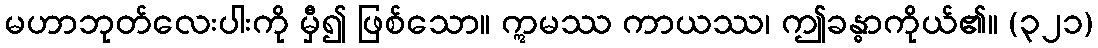
မဟာဘုတ်လေးပါးကို မှီ၍ ဖြစ်သော။ ဣမဿ ကာယဿ၊ ဤခန္ဓာကိုယ်၏။ (၃၂၁)